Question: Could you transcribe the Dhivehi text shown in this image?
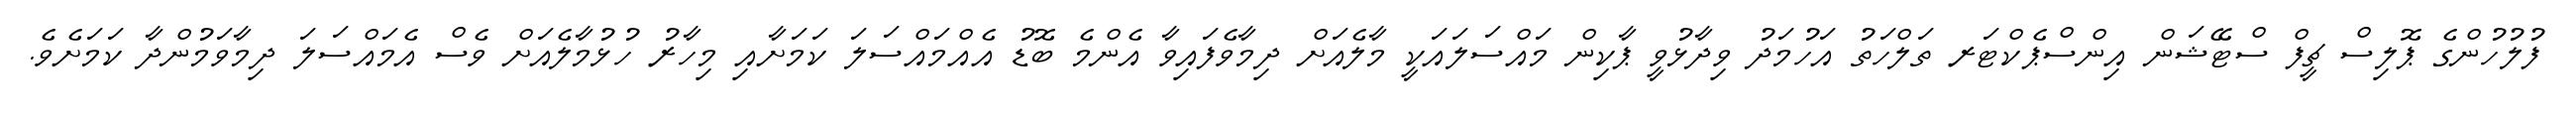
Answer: ފުލުހުންގެ ޕޮލިސް ޗީފް ސްޓޭޝަން އިންސްޕެކްޓަރ ތަލްހަތު އަހުމަދު ވިދާޅުވީ ޕާކިން މައްސަލައަކީ މާލެއަށް ދިމާވެފައިވާ އެންމެ ބޮޑު އެއްމައްސަލަ ކަމަށާއި މިހާރު ހުޅުމާލެއަށް ވެސް އެމައްސަލަ ދިމާވަމުންދާ ކަމަށެވެ.